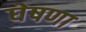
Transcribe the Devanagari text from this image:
घेषणा